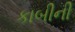
કાબીની